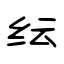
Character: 纭